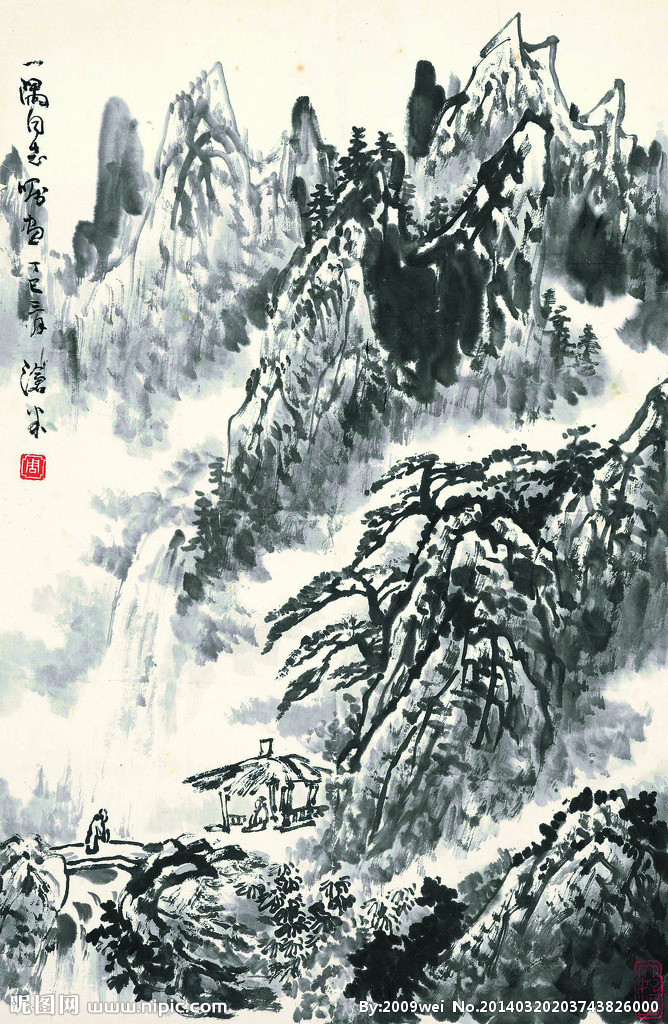
况属高风晚，山山黄叶飞。